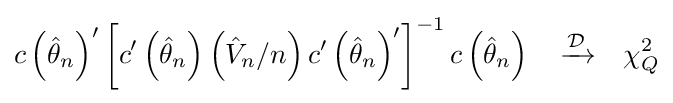
c\left({\hat {\theta }}_{n}\right)'\left[c'\left({\hat {\theta }}_{n}\right)\left({\hat {V}}_{n}/n\right)c'\left({\hat {\theta }}_{n}\right)'\right]^{-1}c\left({\hat {\theta }}_{n}\right)\quad {\xrightarrow {\mathcal {D}}}\quad \chi _{Q}^{2}